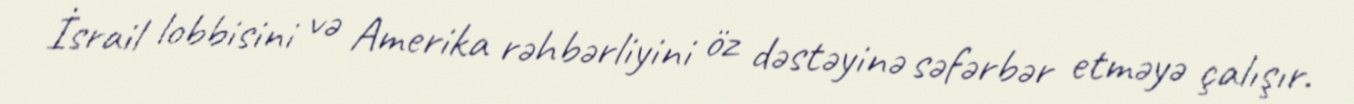
İsrail lobbisini və Amerika rəhbərliyini öz dəstəyinə səfərbər etməyə çalışır.